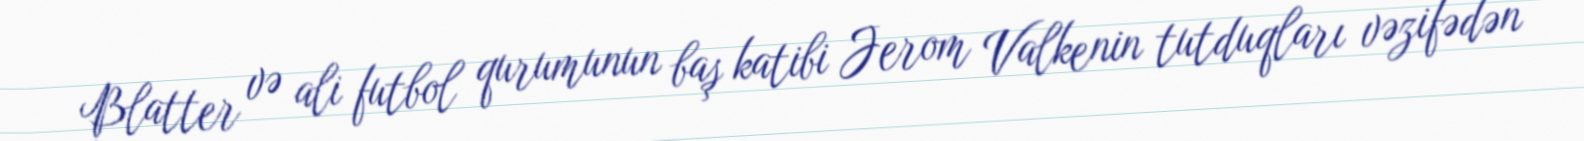
Blatter və ali futbol qurumunun baş katibi Jerom Valkenin tutduqları vəzifədən